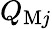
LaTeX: Q_{\mathrm{M}j}